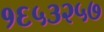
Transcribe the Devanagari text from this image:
१६५३२५७